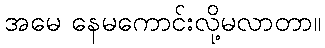
အမေ နေမကောင်းလို့မလာတာ။